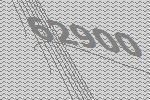
62900